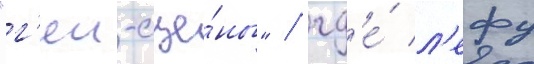
"г'еи-сце́ны" / гд'е́ л'ефу